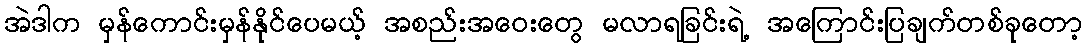
အဲဒါက မှန်ကောင်းမှန်နိုင်ပေမယ့် အစည်းအဝေးတွေ မလာရခြင်းရဲ့ အကြောင်းပြချက်တစ်ခုတော့